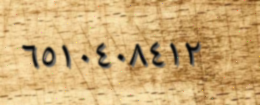
٦٥١٠٤٠٨٤١٢